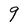
Character: 9